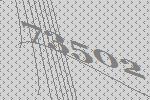
73502